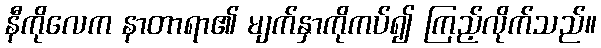
နီကိုလေက နာတာရာ၏ မျက်နှာကိုကပ်၍ ကြည့်လိုက်သည်။